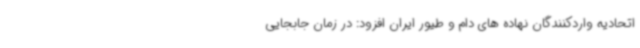
اتحادیه واردکنندگان نهاده های دام و طیور ایران افزود: در زمان جابجایی